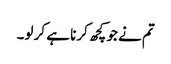
تم نے جو کچھ کرنا ہے کر لو۔